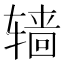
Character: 𰺙